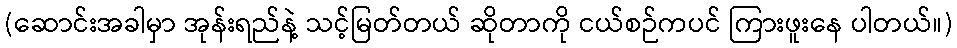
(ဆောင်းအခါမှာ အုန်းရည်နဲ့ သင့်မြတ်တယ် ဆိုတာကို ငယ်စဉ်ကပင် ကြားဖူးနေ ပါတယ်။)